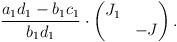
LaTeX: \begin{align*} \frac{a_1 d_1 - b_1 c_1}{b_1 d_1} \cdot \begin{pmatrix} J_1 & \\ & -J \end{pmatrix}.\end{align*}